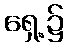
ရှေ့၌